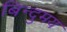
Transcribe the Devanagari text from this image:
बिन्दुमय